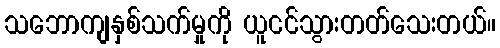
သဘောကျနှစ်သက်မှုကို ယူငင်သွားတတ်သေးတယ်။